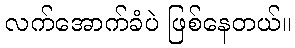
လက်အောက်ခံပဲ ဖြစ်နေတယ်။